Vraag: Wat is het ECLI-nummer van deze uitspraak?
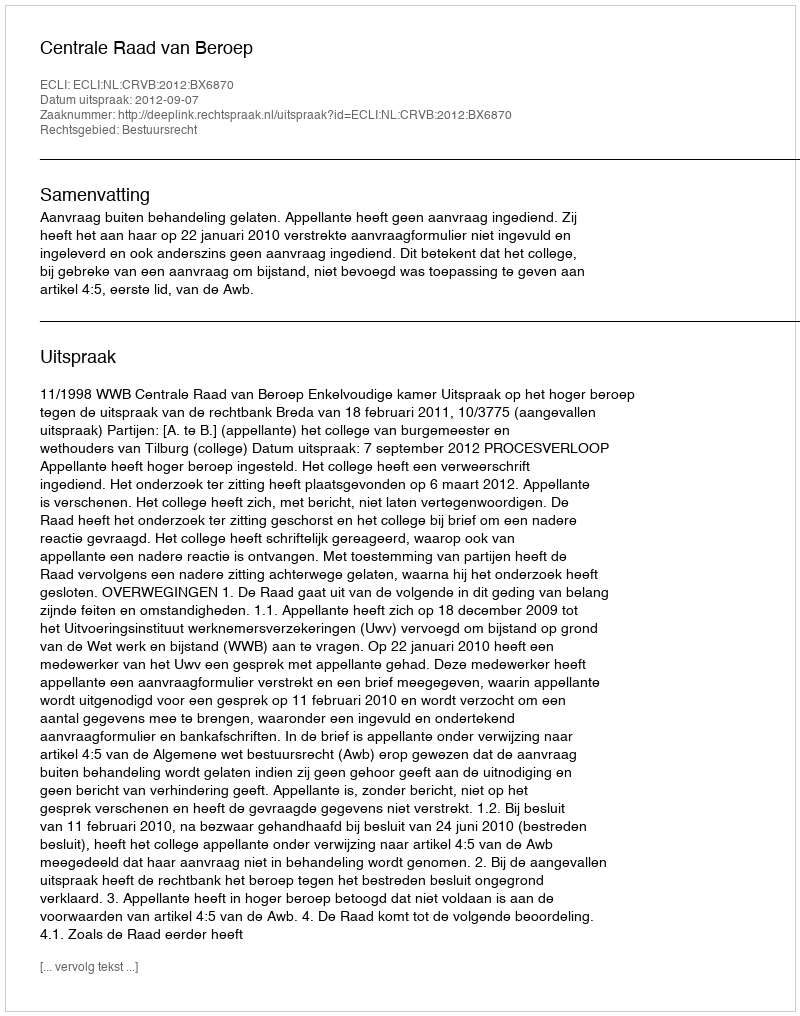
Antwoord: ECLI:NL:CRVB:2012:BX6870